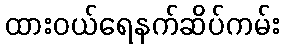
ထားဝယ်ရေနက်ဆိပ်ကမ်း